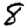
Digit: 8